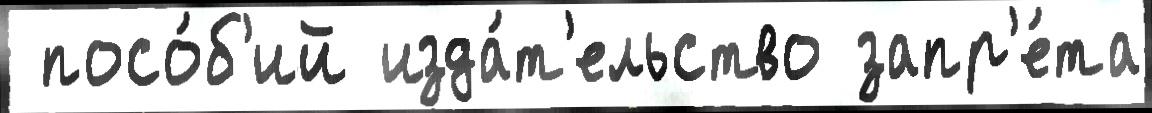
 посо́б'ий изда́т'ельство запр'е́та